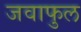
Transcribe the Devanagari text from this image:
जवाफुल